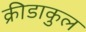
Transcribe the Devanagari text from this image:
क्रीडाकुल